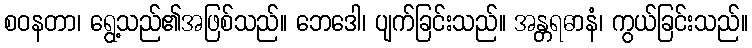
စဝနတာ၊ ရွေ့သည်၏အဖြစ်သည်။ ဘေဒေါ၊ ပျက်ခြင်းသည်။ အန္တရဓာနံ၊ ကွယ်ခြင်းသည်။